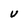
Character: V